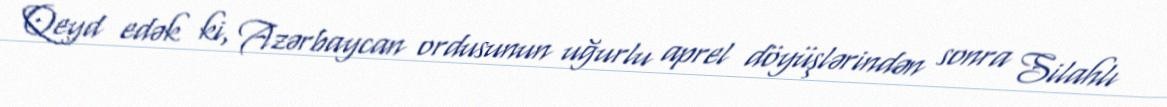
Qeyd edək ki, Azərbaycan ordusunun uğurlu aprel döyüşlərindən sonra Silahlı